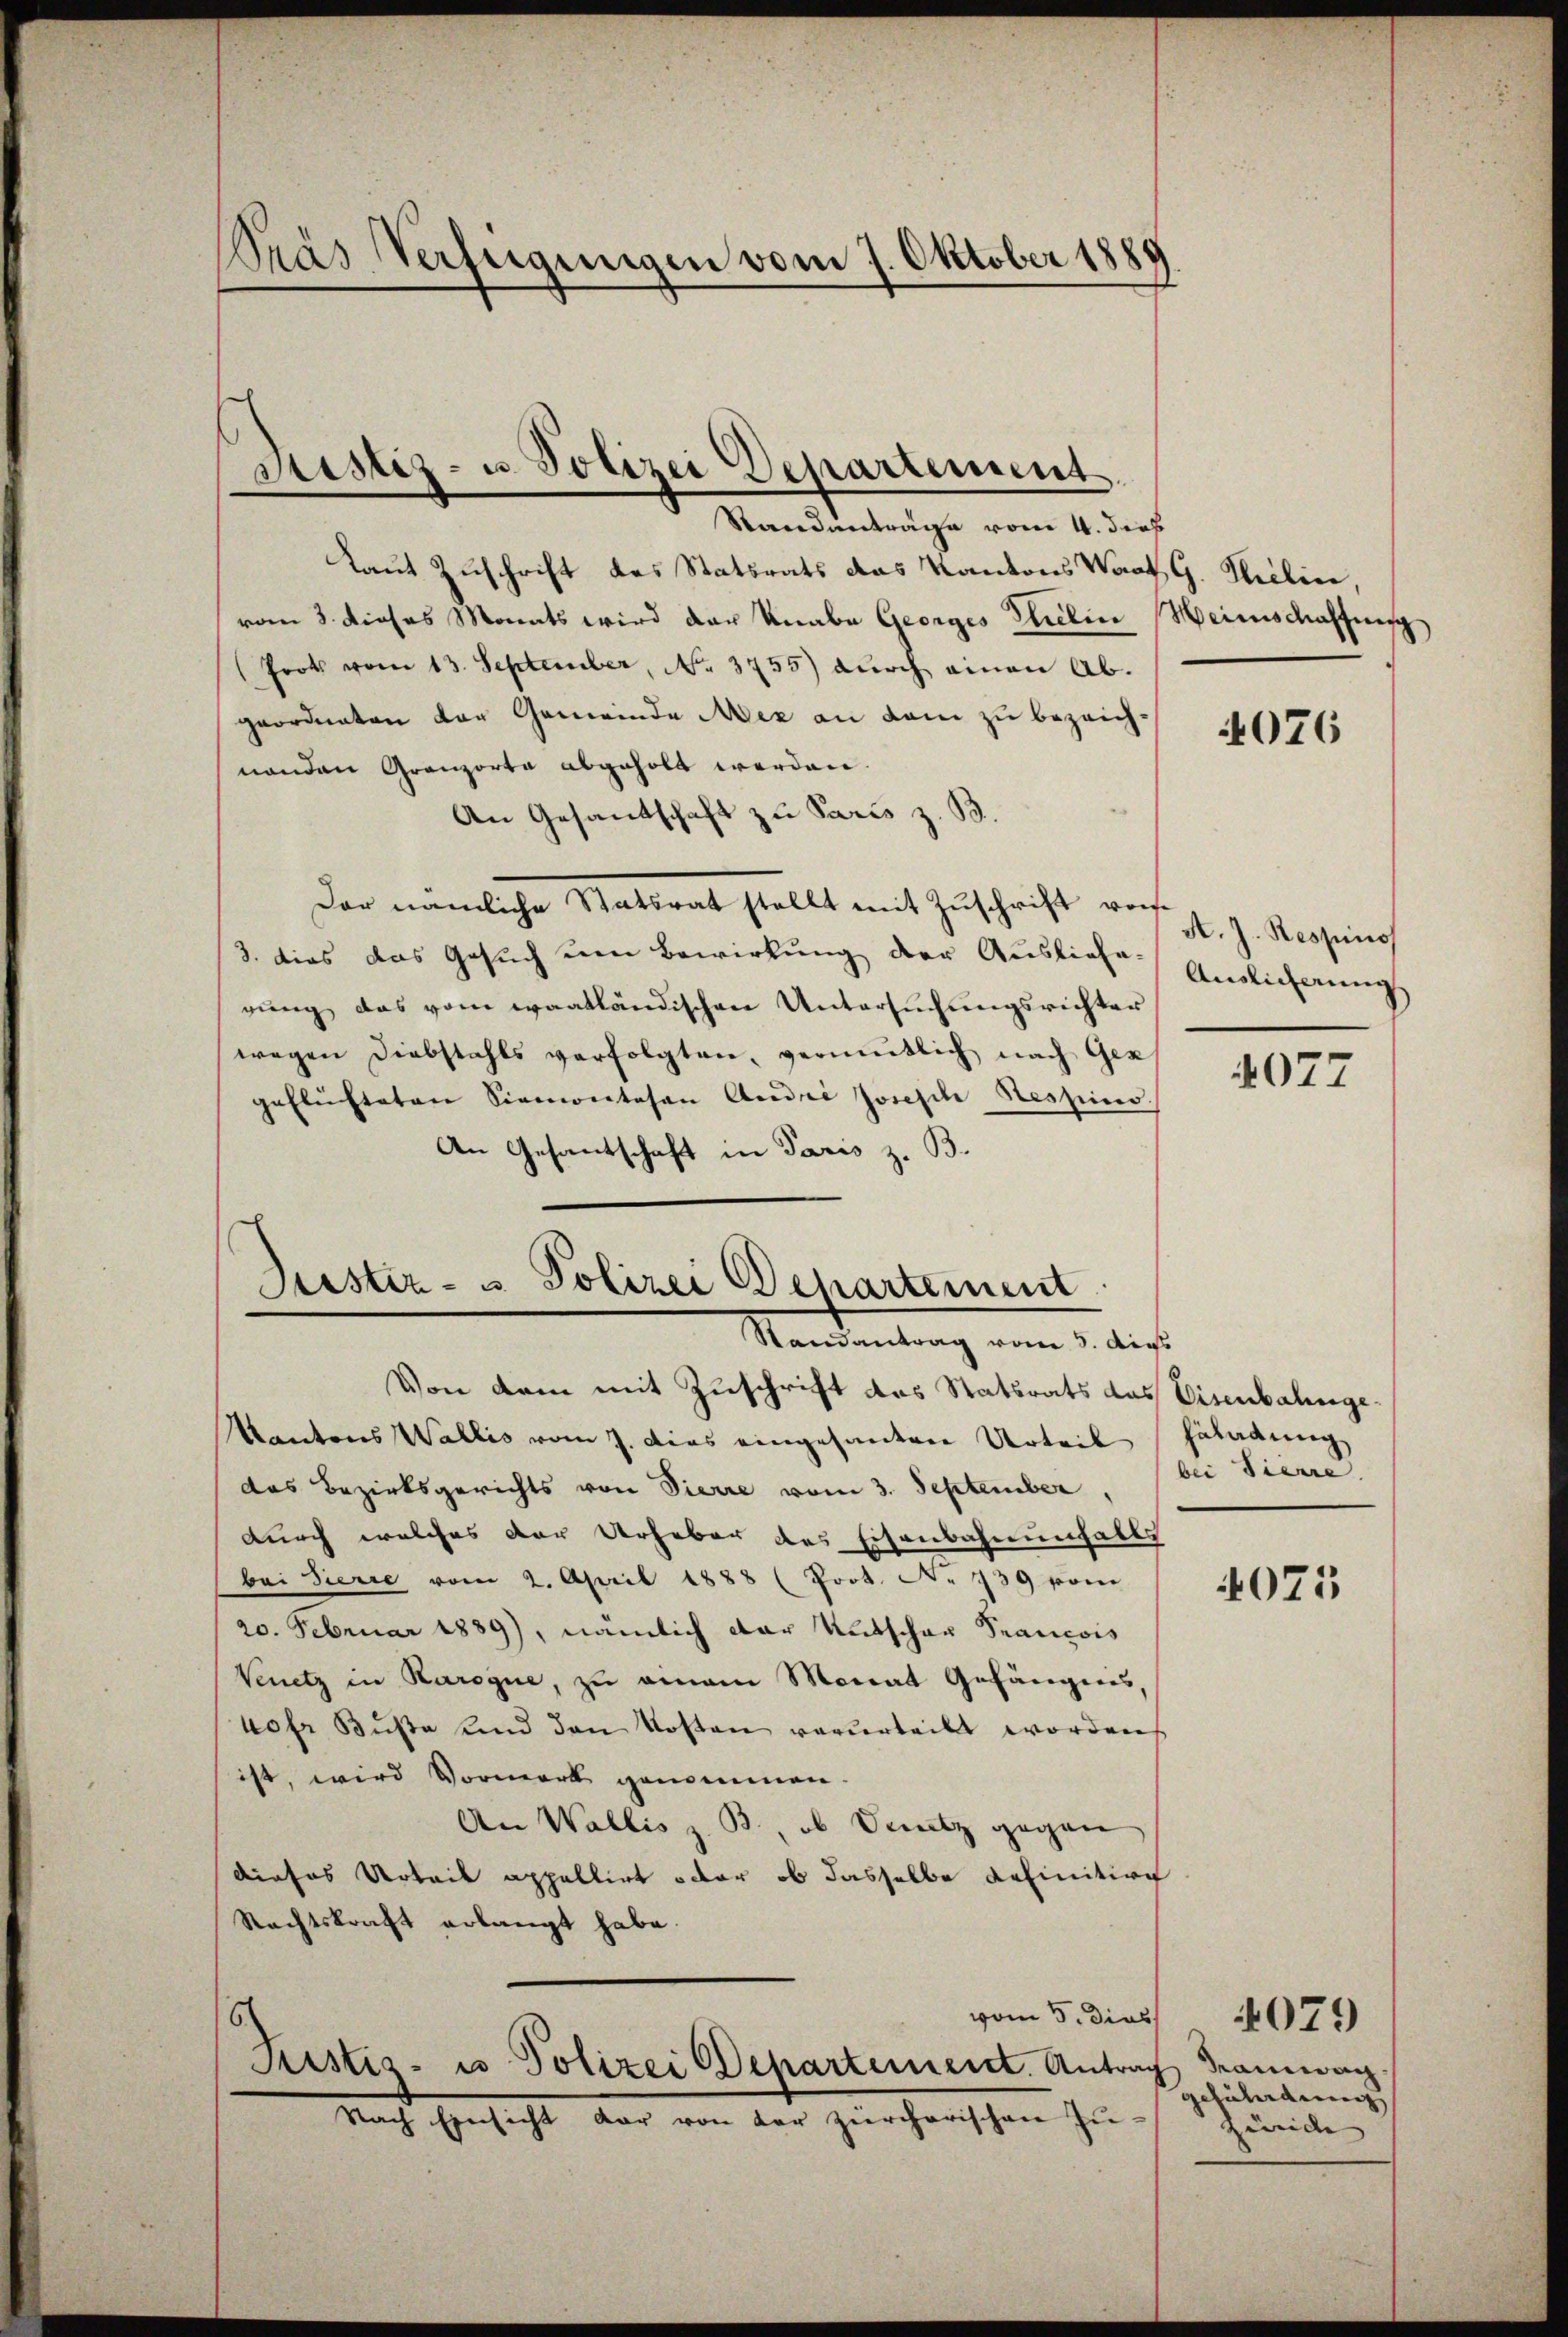
Pras Verfügungen vom 7. Oktober 1885

Justiz- u. Polizei Departement

Standanträge vom 4. dies
Laut Zuschrift des Statsrats das Kantons Wart G. Philien,
vom 3. dieses Monats wird der Knabe Georges Selin Weinschaffung
frot vom 13. September, No. 3755) dŭrch einen Ab-
geordneten der Gemeinde Aez an dem zu bezeichnanden Granzorta abgeholt werden.
An Gesandtschaft zu Paris z. B.
Der nämliche Statsrat stellt mit Zuschrift von
3. dies das Gesuch um Bewirkung der Ausliefe. Endlicherung
rung das vom waatländischen Untersuchungsrichter
wegen Diebstahls verfolgten, vermutlich nach Gen
geflüchteten Simontasen Audii Josefil Respins.
An Gesantschaft in Paris z. B.

Justiz- u Polizei Departement
Randantrag vom 5. die

Von dem mit Zuschrift des Statsrats das Eisenbahnge¬
Kantons Wallis vom 7. dies eingesandten Urteil Häladung
das Bezirksgerichts von Pierre vom 3. September
durch welches der Urheber des Eisenbahnenfalls
bei Tierre vom 2. April 1888 (Poot. A. 739 vom
20. Februar 1889), nämlich der Untschar Prancois
Venetz in Karoque, zu einem Monat Gefängnis,
40fr. Buße und den Kosten verurteilt worden
ist, wird Vormerk genommen.
An Wallis z. B. ob Deutz gegen
dieses Urteil appellirt oder ob dasselbe definition
Rechtskraft erlangt habe.
vom 5. dies
.
Justiz- u Polizei Departement. Antrag Tramwag
Nach Einsicht dar von der zürcherischen Zu-

4076

A. J. Respino

4077

bei Sierre

4071

gezündung
Zürich |

4079